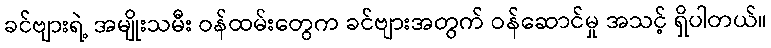
ခင်ဗျားရဲ့ အမျိုးသမီး ဝန်ထမ်းတွေက ခင်ဗျားအတွက် ဝန်ဆောင်မှု အသင့် ရှိပါတယ်။